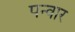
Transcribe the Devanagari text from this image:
पन्वार